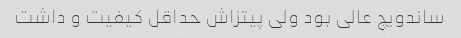
ساندویچ عالی بود ولی پیتزاش حداقل کیفیت و داشت